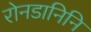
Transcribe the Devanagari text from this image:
रोनडानिनि